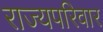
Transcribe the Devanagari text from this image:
राज्यपरिवार